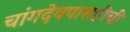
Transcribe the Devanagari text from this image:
चांगदेवपासष्टीची